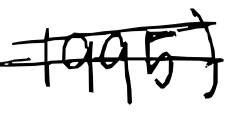
Text: 1995)
Cross-out: double-line
Writing tool: digital_black